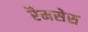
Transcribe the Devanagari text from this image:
रैमसेस